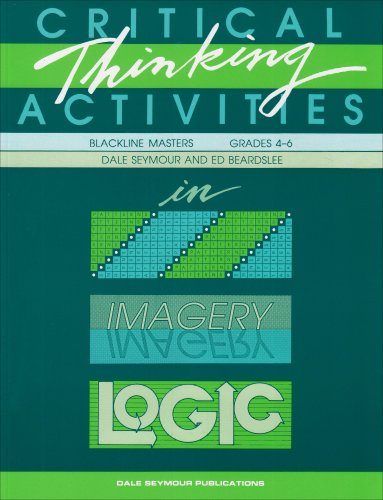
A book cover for Critical Thinking Activities in Patterns, Imagery & Logic / Grades 4-6 (Blackline Masters); Dale Seymour; Politics & Social Sciences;